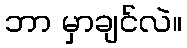
ဘာ မှာချင်လဲ။